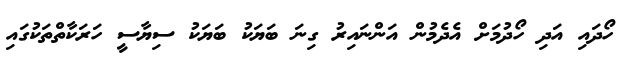
ހޯދައި އަދި ހޯދުމަށް އެދެމުން އަންނައިރު ގިނަ ބަޔަކު ބަޔަކު ސިޔާސީ ހަރަކާތްތަކުގައި